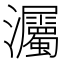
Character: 灟